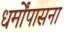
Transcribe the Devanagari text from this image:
धर्मोंपासना